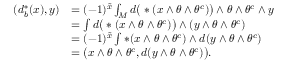
\begin{array} { r l } { ( d _ { b } ^ { * } ( x ) , y ) } & { = ( - 1 ) ^ { \tilde { x } } \int _ { M } d \big ( * ( x \wedge \theta \wedge \theta ^ { c } ) \big ) \wedge \theta \wedge \theta ^ { c } \wedge y } \\ & { = \int d \big ( * ( x \wedge \theta \wedge \theta ^ { c } ) \big ) \wedge ( y \wedge \theta \wedge \theta ^ { c } ) } \\ & { = ( - 1 ) ^ { \tilde { x } } \int * ( x \wedge \theta \wedge \theta ^ { c } ) \wedge d ( y \wedge \theta \wedge \theta ^ { c } ) } \\ & { = \big ( x \wedge \theta \wedge \theta ^ { c } , d ( y \wedge \theta \wedge \theta ^ { c } ) \big ) . } \end{array}